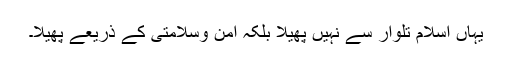
یہاں اسلام تلوار سے نہیں پھیلا بلکہ امن وسلامتى کے ذریعے پھیلا۔